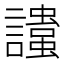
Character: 𲁾